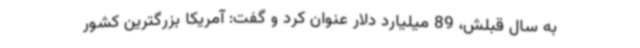
به سال قبلش، 89 میلیارد دلار عنوان کرد و گفت: آمریکا بزرگترین کشور